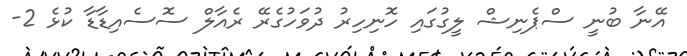
އޭނާ ބުނީ ސްޕެނިޝް ލީގުގައި ހޮނިހިރު ދުވަހުގެރޭ ރެއާލް ސޮސެއިޑާޑާ ކުޅެ 2-